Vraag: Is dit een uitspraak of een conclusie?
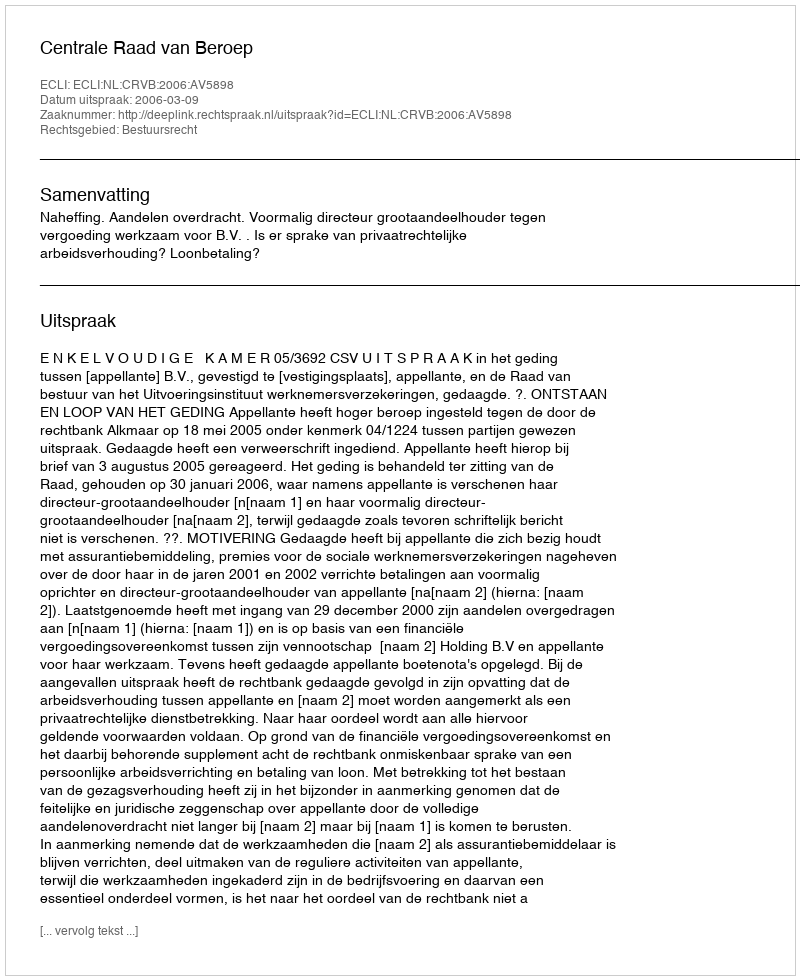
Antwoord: Uitspraak